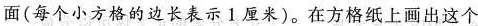
面(每个小方格的边长表示1厘米)。在方格纸上画出这个